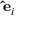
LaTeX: \mathbf { \hat { e } } _ { i }